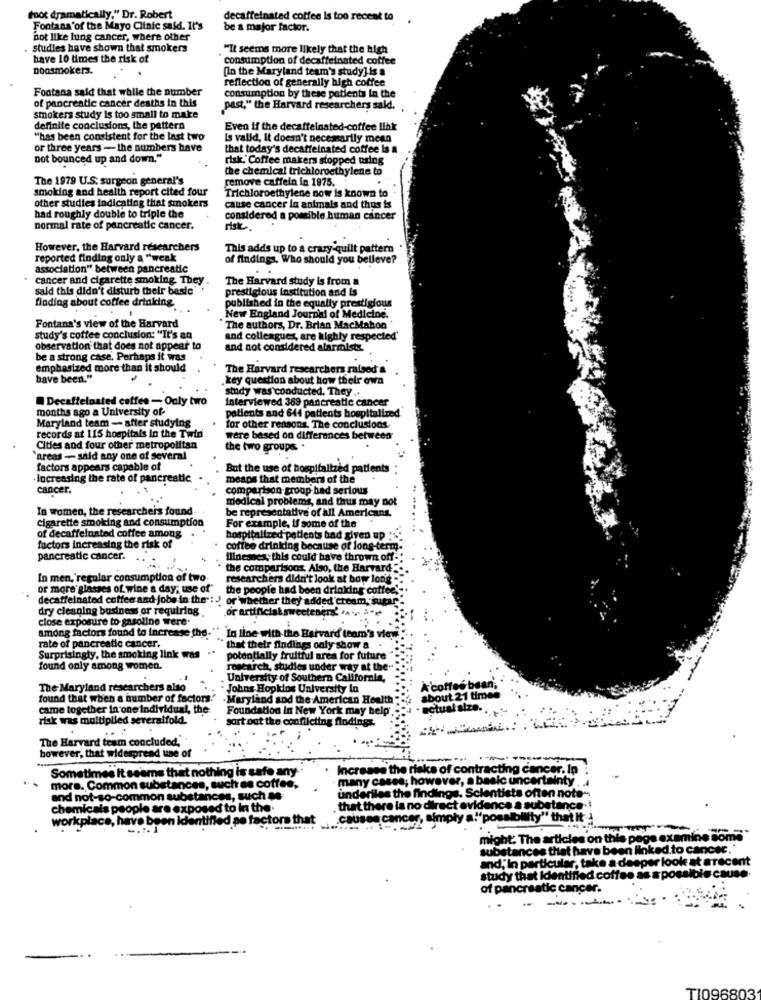
foot dramatically," Dr. Robert
decaffeinated coffee Is too recent to
Fontana'of the Mayo Clinic said. It's
be a major factor.
not like lung cancer, where other
studies have shown that smokers
"It seems more likely that the high
have 10 times the risk of
* consumption of decaffeinated coffee
nonsmokers.
[In the Maryland team's study] is a
reflection of generally high coffee
Fontana said that while the number
of pancreatic cancer deaths in this
consumption by these patients In the
past," the Harvard researchers sald.
smokers study is too small to make
definite conclusions, the pattern
Even if the decaffeinated-coffee link
"has been consistent for the last two
Is valid, It doesn't necessarily mean
or three years - the numbers have
that today's decaffeinated coffee Is a
not bounced up and down."
risk.' Coffee makers stopped uring
the chemical trichloroethylene to
The 1979 U.S. surgeon general's
remove caffein in 1975.
smoking and health report cited four
Trichloroethylene now is known to
other studies indicating that smokers
cause cancer la animals and thus is
had roughly double to triple the
considered a possible human cancer
normal rate of pancreatic cancer.
However, the Harvard researchers
This adds up to a crazy-quilt pattern
reported finding only a "weak
of findings, Who should you belleve?
association" between pancreatic
cancer and cigarette smoking. They
The Harvard study is from a
said this didn't disturb their basic'
prestigious institution and Is
floding about coffee drinking
published in the equally prestigious
New England Journal of Medicine.
Fontana's view of the Harvard
The authors, Dr. Brian MacMahon
study's coffee conclusion: "It's an
and colleagues, are highly respected'
observation that does not appear to
and not considered alarmiste.
be a strong case, Perhaps it was
.
emphasized more than it should
The Harvard researchers raised &
bave been."
. key question about how their own
study was conducted. They ..
Decaffeinated coffee - Only two
interviewed 389 pancreatic cancer
months ago a University of-
patients and 644 patients hospitalized
Maryland team - after studying
for other reasons. The conclusions
records at 115 hospitals in the Twin
were based on differences between
Cities and four other metropolitan
the two groups
'areas - said any one of several
factors appears capable of
But the use of hospitalized patients
Increasing the rate of pancreat
means that members of the
cancer.
comparison group had serious
medical problems, and thus may not
In women, the researchers found
be representative of all Americans.
Cigarette smoking and consumption
For example, if some of the
of decaffeinated coffee among
hospitalized patients bad given up :"
factors increasing the risk of
coffee drinking because of long-term.
pancreatic cancer.
illnesses; this could have thrown off-'
the comparisons. Also, the Harvard
In men,'regular consumption of two.
researchers didn't look at bow long
or more' glasses of wine a day; use of"
the people had been drinking coffee
decaffeinated coffee and jobs in the" : J or whether they added cream, sugar
dry cleaning business or requiring
close exposure to gasoline were.
among factors found to increase the. " In line with the Harvard team's view
rate of pancreatic cancer.
that their findings only show a
Surprisingly, the smoking link was
potentially fruitful area for future
found only among women.
research, studies under way at the
University of Southern California,
The Maryland researchers also
. Johns Hopkins University In
A'coffee bean,
found that when a number of factors.
.Maryland and the American Health
about 21 times
came together in one Individual, the
Foundation In New York may help
actual size ..
risk was multiplied severalfold.
sort out the conflicting findings.
The Harvard team concluded,"
however, that widespread use of
Sometimes It seems that nothing is safe any-
Increase the risks of contracting cancer. Ip
many cases; however, a basic uncertainty ..
more. Common substances, such as coffee,
and not-so-common substances, such as
underiles the findings. Scientists often note-
chemicals people are exposed to in the.
that there la no direct evidence a substance.
kplace, have been identified pe factors th
can
imply a""possibility'
might: The articles on thi
substances that have been linked.to cancee.
and, in particular, take a deeper look at are
biecau
study that Identified coffee as a poe
of pancreatic cancer.
TI
3803